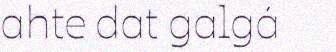
ahte dat galgá